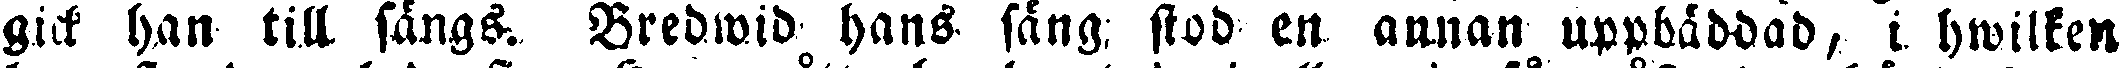
gick han till sängs. Bredwid hans sång, stod en annan uppbäddad, i hwilken